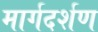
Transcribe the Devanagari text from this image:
मार्गदर्शण